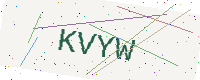
Text: KVYW